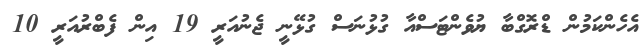
އެހެންކަމުން ޑްރޮގްބާ ޔުވެންޓަސްއާ ގުޅުނަސް ގުޅޭނީ ޖެނުއަރީ 19 އިން ފެބްރުއަރީ 10